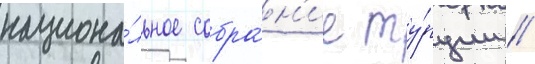
национа́льное собра́н'ие ту́рции //